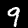
Label: 9